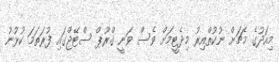
މިއަދުގެ މެޗަށް ނުކުތްއިރު މިދެޓީމަށް ވެސް ވަނީ ގްރޫޕް ސްޓޭޖްގައި ފުރަތަމަ ކުޅުނު